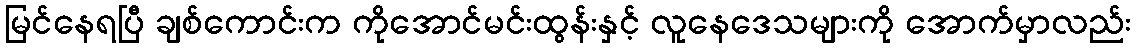
မြင်နေရပြီ ချစ်ကောင်းက ကိုအောင်မင်းထွန်းနှင့် လူနေဒေသများကို အောက်မှာလည်း